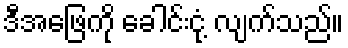
ဒီအဖြေကို ခေါင်းငုံ့ လျက်သည်။